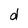
Character: d